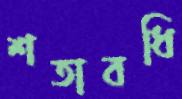
শতাবধি